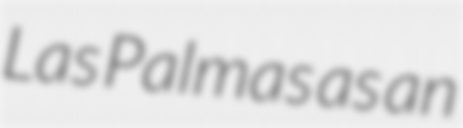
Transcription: Las Palmas as an